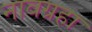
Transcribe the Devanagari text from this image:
नावग्रहा